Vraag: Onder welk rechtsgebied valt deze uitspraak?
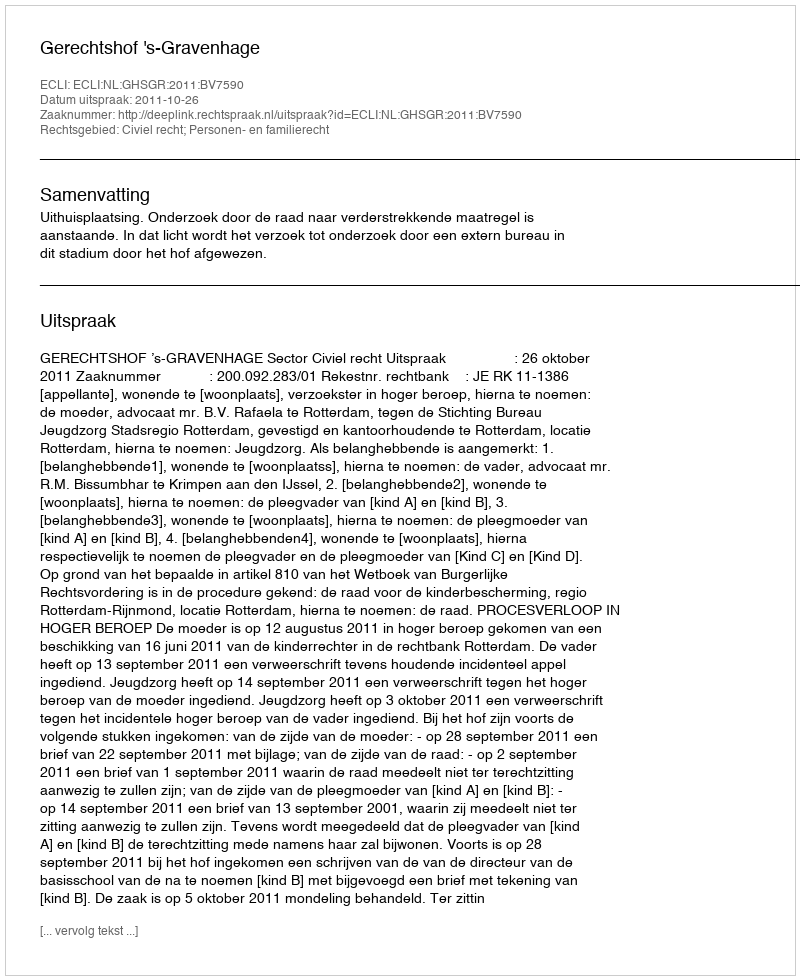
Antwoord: Civiel recht; Personen- en familierecht